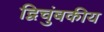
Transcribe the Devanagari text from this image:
द्विचुंबकीय